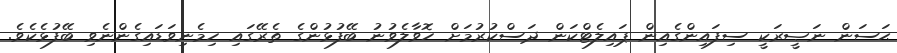
ޙަސަން ނަޞީރަކީ ސިފައިންގެއިން ޕައިލެޓްކަން ދަސްކުރުމަށް ހޮވާލެވުނު ބޭފުޅުންގެ ތެރޭގައި ހިމެނިވަޑައިގެންނެވި ބޭފުޅެކެވެ.